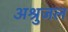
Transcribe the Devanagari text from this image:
अश्रुजल